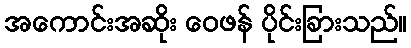
အကောင်းအဆိုး ဝေဖန် ပိုင်းခြားသည်။